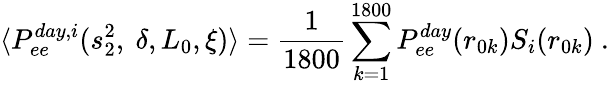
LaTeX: \langle P_{ee}^{day,i}(s_{2}^{2},~\delta,L_{0},\xi)\rangle=\frac{1}{1800}\sum_{k=1}^{1800}P_{ee}^{day}(r_{0k})S_{i}(r_{0k})~.